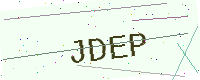
Text: JDEP